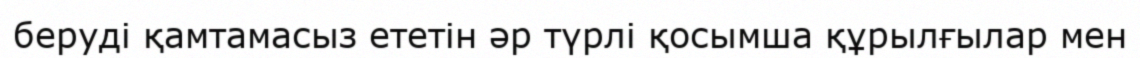
беруді қамтамасыз ететін әр түрлі қосымша құрылғылар мен